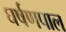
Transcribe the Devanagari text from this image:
घर्षणपाल